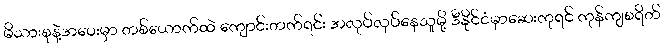
မိသားစုနဲ့အဝေးမှာ တစ်ယောက်ထဲ ကျောင်းတက်ရင်း အလုပ်လုပ်နေသူမို့ ဒီနိုင်ငံမှာဆေးကုရင် ကုန်ကျစရိတ်